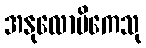
အနုလောမိကေသု